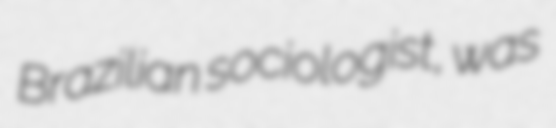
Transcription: Brazilian sociologist, was